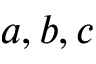
a , b , c